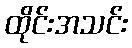
ထိုင်းအသင်း